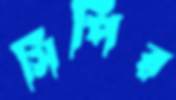
সিপির